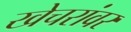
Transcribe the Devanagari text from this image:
खेचरांवर